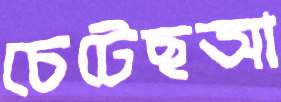
চেটেছআ